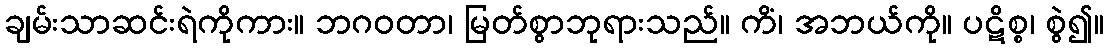
ချမ်းသာဆင်းရဲကိုကား။ ဘဂဝတာ၊ မြတ်စွာဘုရားသည်။ ကိံ၊ အဘယ်ကို။ ပဋိစ္စ၊ စွဲ၍။